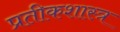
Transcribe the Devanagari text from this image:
प्रतीकशास्त्र